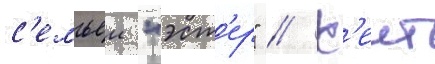
с'емьеи "эст'ер" // К'еит